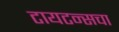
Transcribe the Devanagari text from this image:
टायटन्सचा